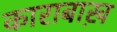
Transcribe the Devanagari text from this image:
काराबाख़